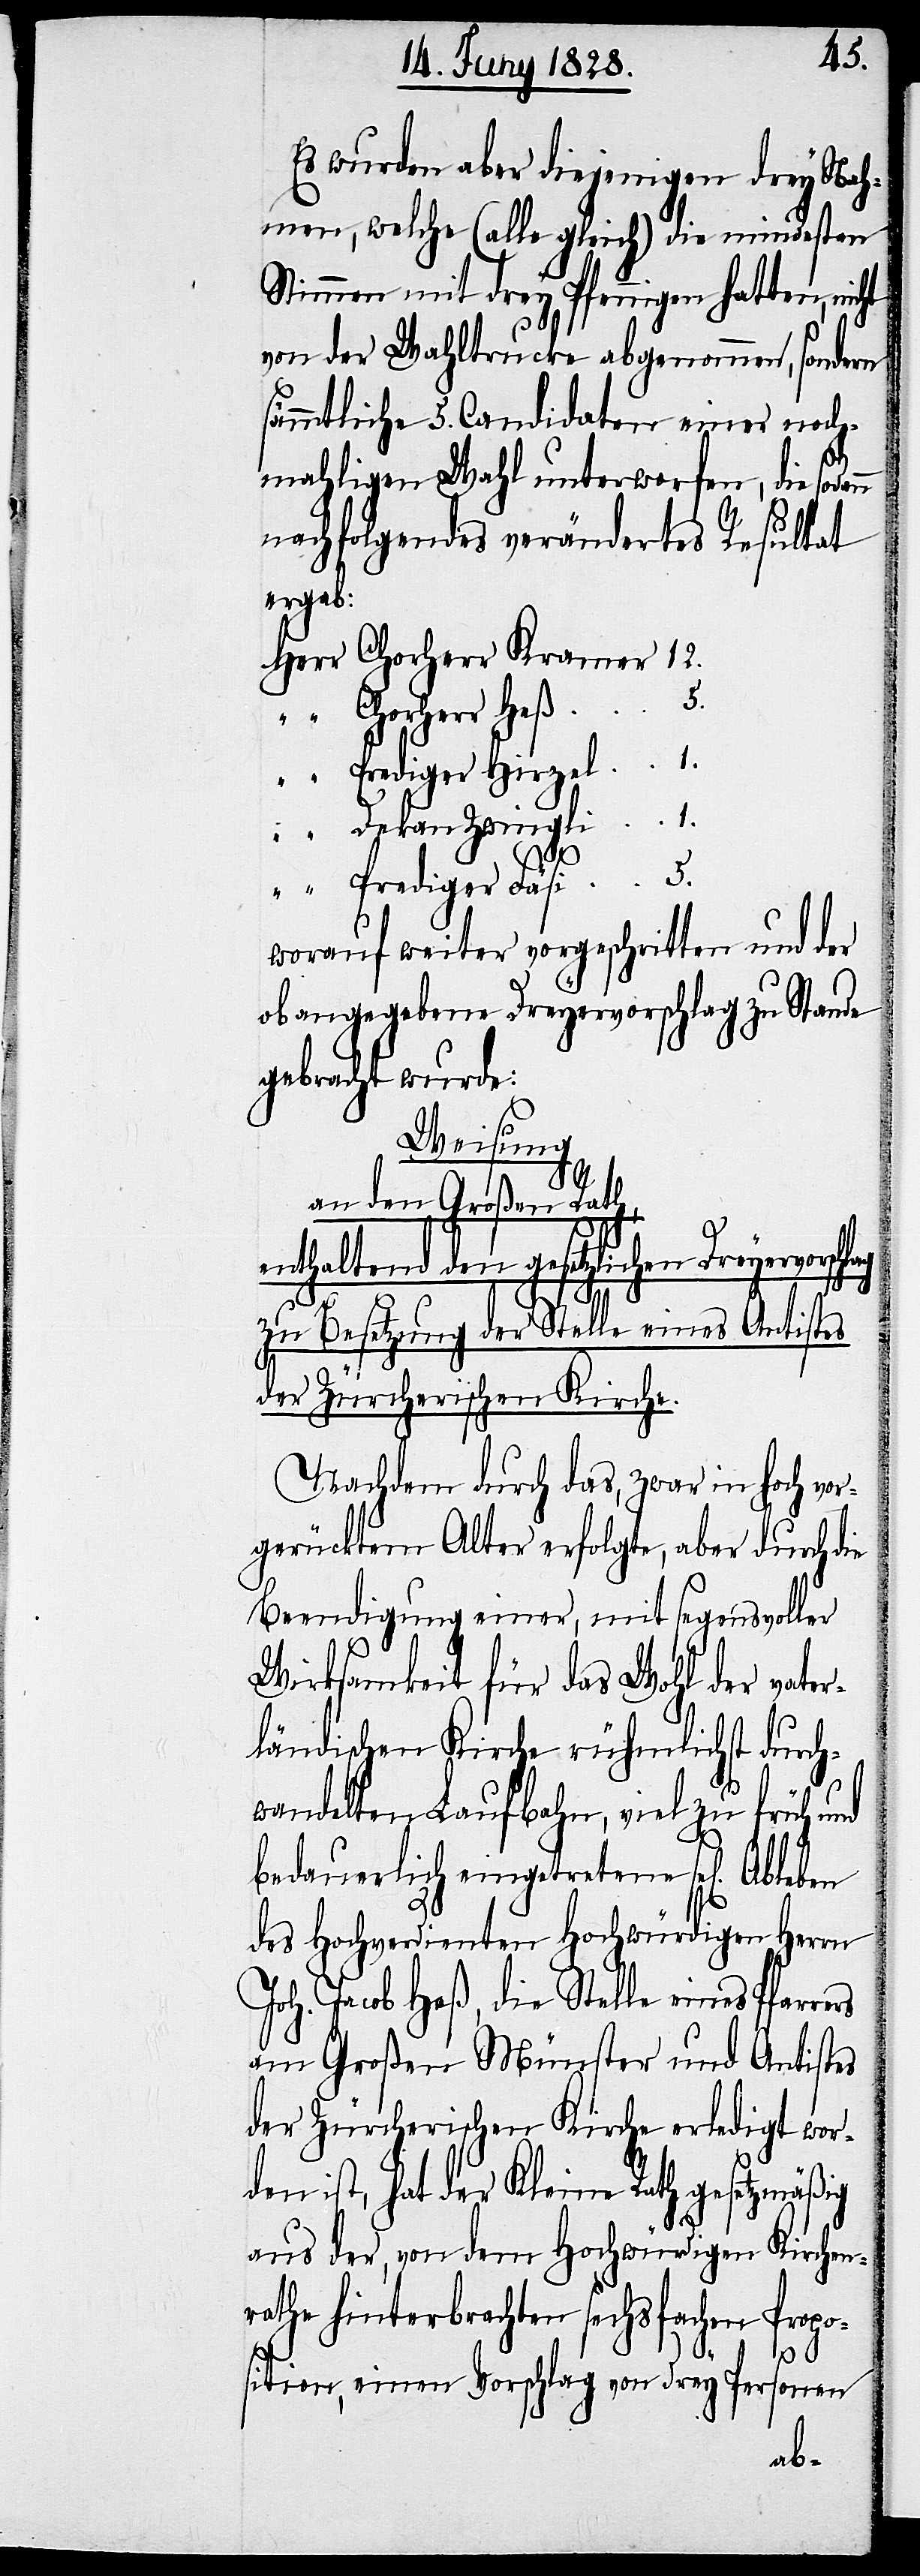
Es wurden aber diejenigen drey Nah¬
men, welche (alle gleich) die mindesten
Stimmen mit drey Pfennigen hatten, nicht
von der Wahltrucke abgenommen, sondern
sämmtliche 5. Canditaten einer noch¬
mahligen Wahl unterworfen, die sod¬
nachfolgendes verändertes Resultat
ergab:
Dekan Zwingli
worauf weiter vorgeschritten und der
obangegebene Dreyervorschlag zu Stande
gebracht wurde:
Weisung
an den Großen Rath,
enthaltend den gesetzlichen Dreyervorsc¬
hlag
5.
zu Besetzung der Stelle eines Antistes
der Züricherischen Kirche.
Nachdem durch das, zwar in hoch vor¬
gerücktem Alter erfolgte, aber durch die
Beendigung einer, mit segensvoller
Wirksamkeit für das Wohl der vater¬
ländischen Kirche rühmlichst durch¬
wandelten Laufbahn, viel zu früh und
bedauerlich eingetretene sel[ige]
des Hochverdienten Hochwürdigen Herrn
Joh. Jacob Heß, die Stelle eines
am Großen Münster und Antistes
der Züricherischen Kirche erledigt wor¬
den ist, hat der Kleine Rath gesetzmäßig
“
aus der, von dem Hochwürdigen Kirchen¬
rathe hinterbrachten sechsfachen Propo¬
12.
sition, einen Vorschlag von drey Personen
ann